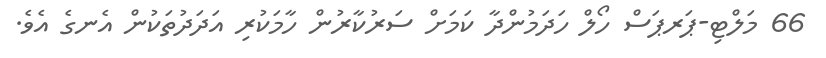
66 މަލްޓި-ޕަރޕަސް ހޯލް ހަދަމުންދާ ކަމަށް ސަރުކާރުން ހާމަކުރި އަދަދުތަކުން އެނގެ އެވެ.